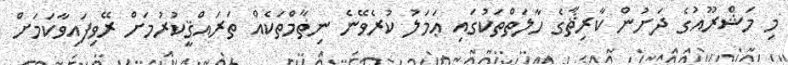
މި މަޝްރޫއުގެ ދަށުން ކާރިޘާގެ ހާލަތްތަކުގައި ޢަމަލު ކުރެވޭނެ ނިޡާމްތަކެއް ތަރައްޤީކުރުމަށް ރޭވިފައިވާކަމަށް